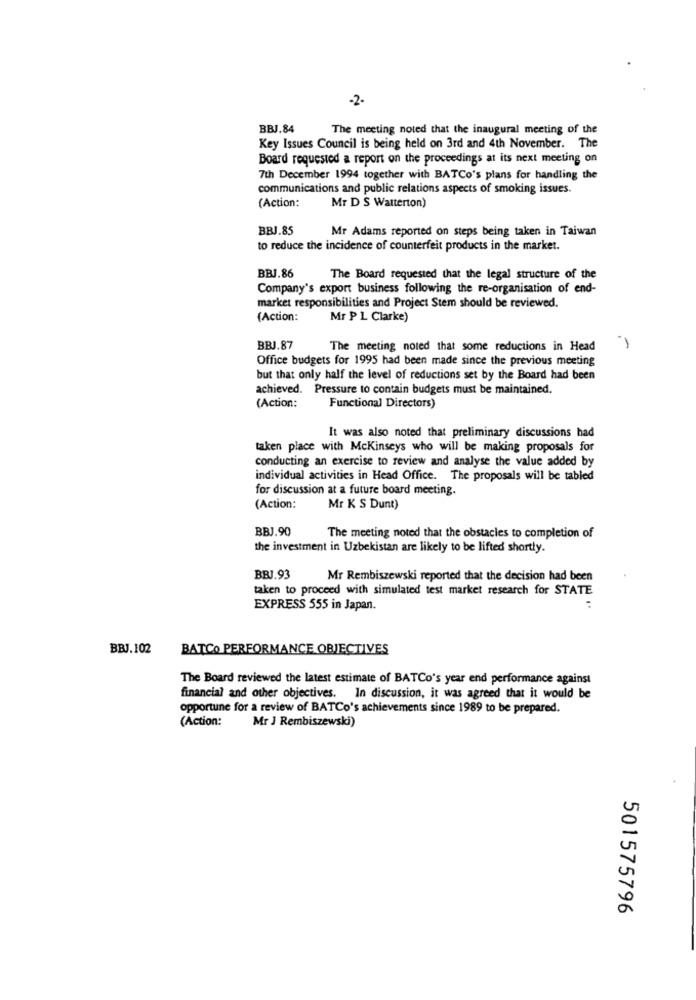
-2-
BBJ.84
The meeting noted that the inaugural meeting of the
Key Issues Council is being held on 3rd and 4th November. The
Board requested a report on the proceedings at its next meeting on
7th December 1994 together with BATCo's plans for handling the
communications and public relations aspects of smoking issues.
(Action:
Mr D S Watterton)
BBJ.85
Mr Adams reported on steps being taken in Taiwan
to reduce the incidence of counterfeit products in the market.
BBJ.86
The Board requested that the legal structure of the
Company's export business following the re-organisation of end-
market responsibilities and Project Stem should be reviewed.
(Action:
Mr P L Clarke)
BBJ.87
The meeting noted that some reductions in Head
Office budgets for 1995 had been made since the previous meeting
but that only half the level of reductions set by the Board had been
achieved. Pressure to contain budgets must be maintained.
(Action:
Functional Directors)
It was also noted that preliminary discussions had
taken place with Mckinseys who will be making proposals for
conducting an exercise to review and analyse the value added by
individual activities in Head Office. The proposals will be tabled
for discussion at a future board meeting.
(Action:
Mr K S Dunt)
BBJ.90
The meeting noted that the obstacles to completion of
the investment in Uzbekistan are likely to be lifted shortly.
BBJ.93
Mr Rembiszewski reported that the decision had been
taken to proceed with simulated test market research for STATE
EXPRESS 555 in Japan.
:
BBJ.102
BATCO PERFORMANCE OBJECTIVES
The Board reviewed the latest estimate of BATCo's year end performance against
financial and other objectives. In discussion, it was agreed that it would be
opportune for a review of BATCo's achievements since 1989 to be prepared.
(Action:
Mr J Rembiszewski)
501575796